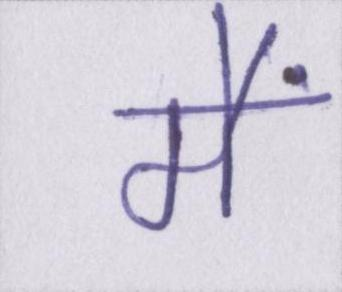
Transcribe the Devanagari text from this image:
मैं